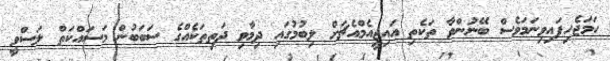
ހަމަޖެހިފައިވިނަމަވެސް ބޭނުންވާ ތަކެތި އައިޖީއެމްއެޗަށް ލިބުމުގައި ދިމާވި ދަތިތަކެއްގެ ސަބަބުން މަސައްކަތް ލަސްވީ